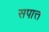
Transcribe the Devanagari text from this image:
सपात्त